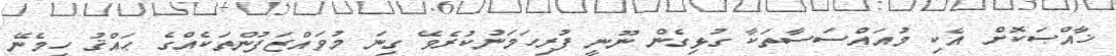
ޚާއްޞަކޮށް އެކި މުއައްސަސާތަކާ ގުޅިގެން ނޫނީ ފުރިހަމަނުކުރެވޭ ގިނަ މުވައްޒަފުންތަކެއްގެ ޙައްޤު ހިމެނޭ